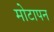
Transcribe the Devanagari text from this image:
मोटापन